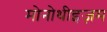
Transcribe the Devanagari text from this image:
मोनोथीइज़म